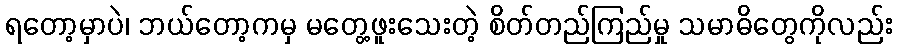
ရတော့မှာပဲ၊ ဘယ်တော့ကမှ မတွေ့ဖူးသေးတဲ့ စိတ်တည်ကြည်မှု သမာဓိတွေကိုလည်း